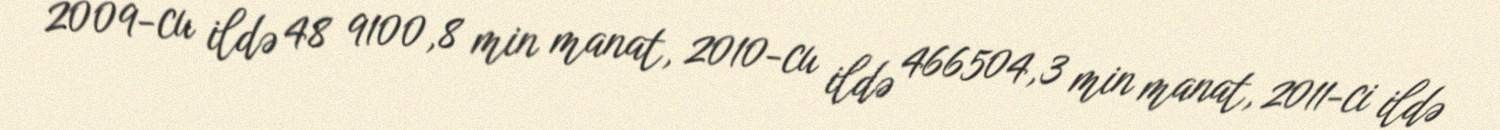
2009-cu ildə 48 9100,8 min manat, 2010-cu ildə 466504,3 min manat, 2011-ci ildə